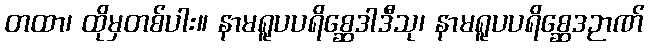
တထာ၊ ထိုမှတစ်ပါး။ နာမရူပပရိစ္ဆေဒါဒီသု၊ နာမရူပပရိစ္ဆေဒဉာဏ်